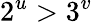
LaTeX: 2^{u}>3^{v}